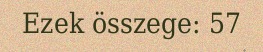
Ezek összege: 57